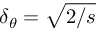
\delta _ { \theta } = \sqrt { 2 / s }